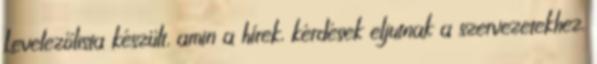
Levelezőlista készült, amin a hírek, kérdések eljutnak a szervezetekhez.